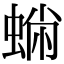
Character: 𧌽